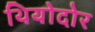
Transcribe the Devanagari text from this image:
थियोदोर